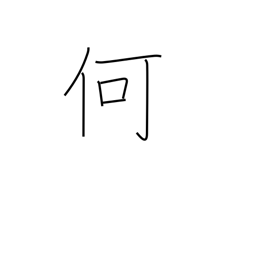
Meaning: what